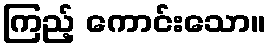
ကြည့် ကောင်းသော။